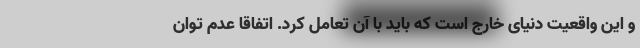
و این واقعیت دنیای خارج است که باید با آن تعامل کرد. اتفاقا عدم توان